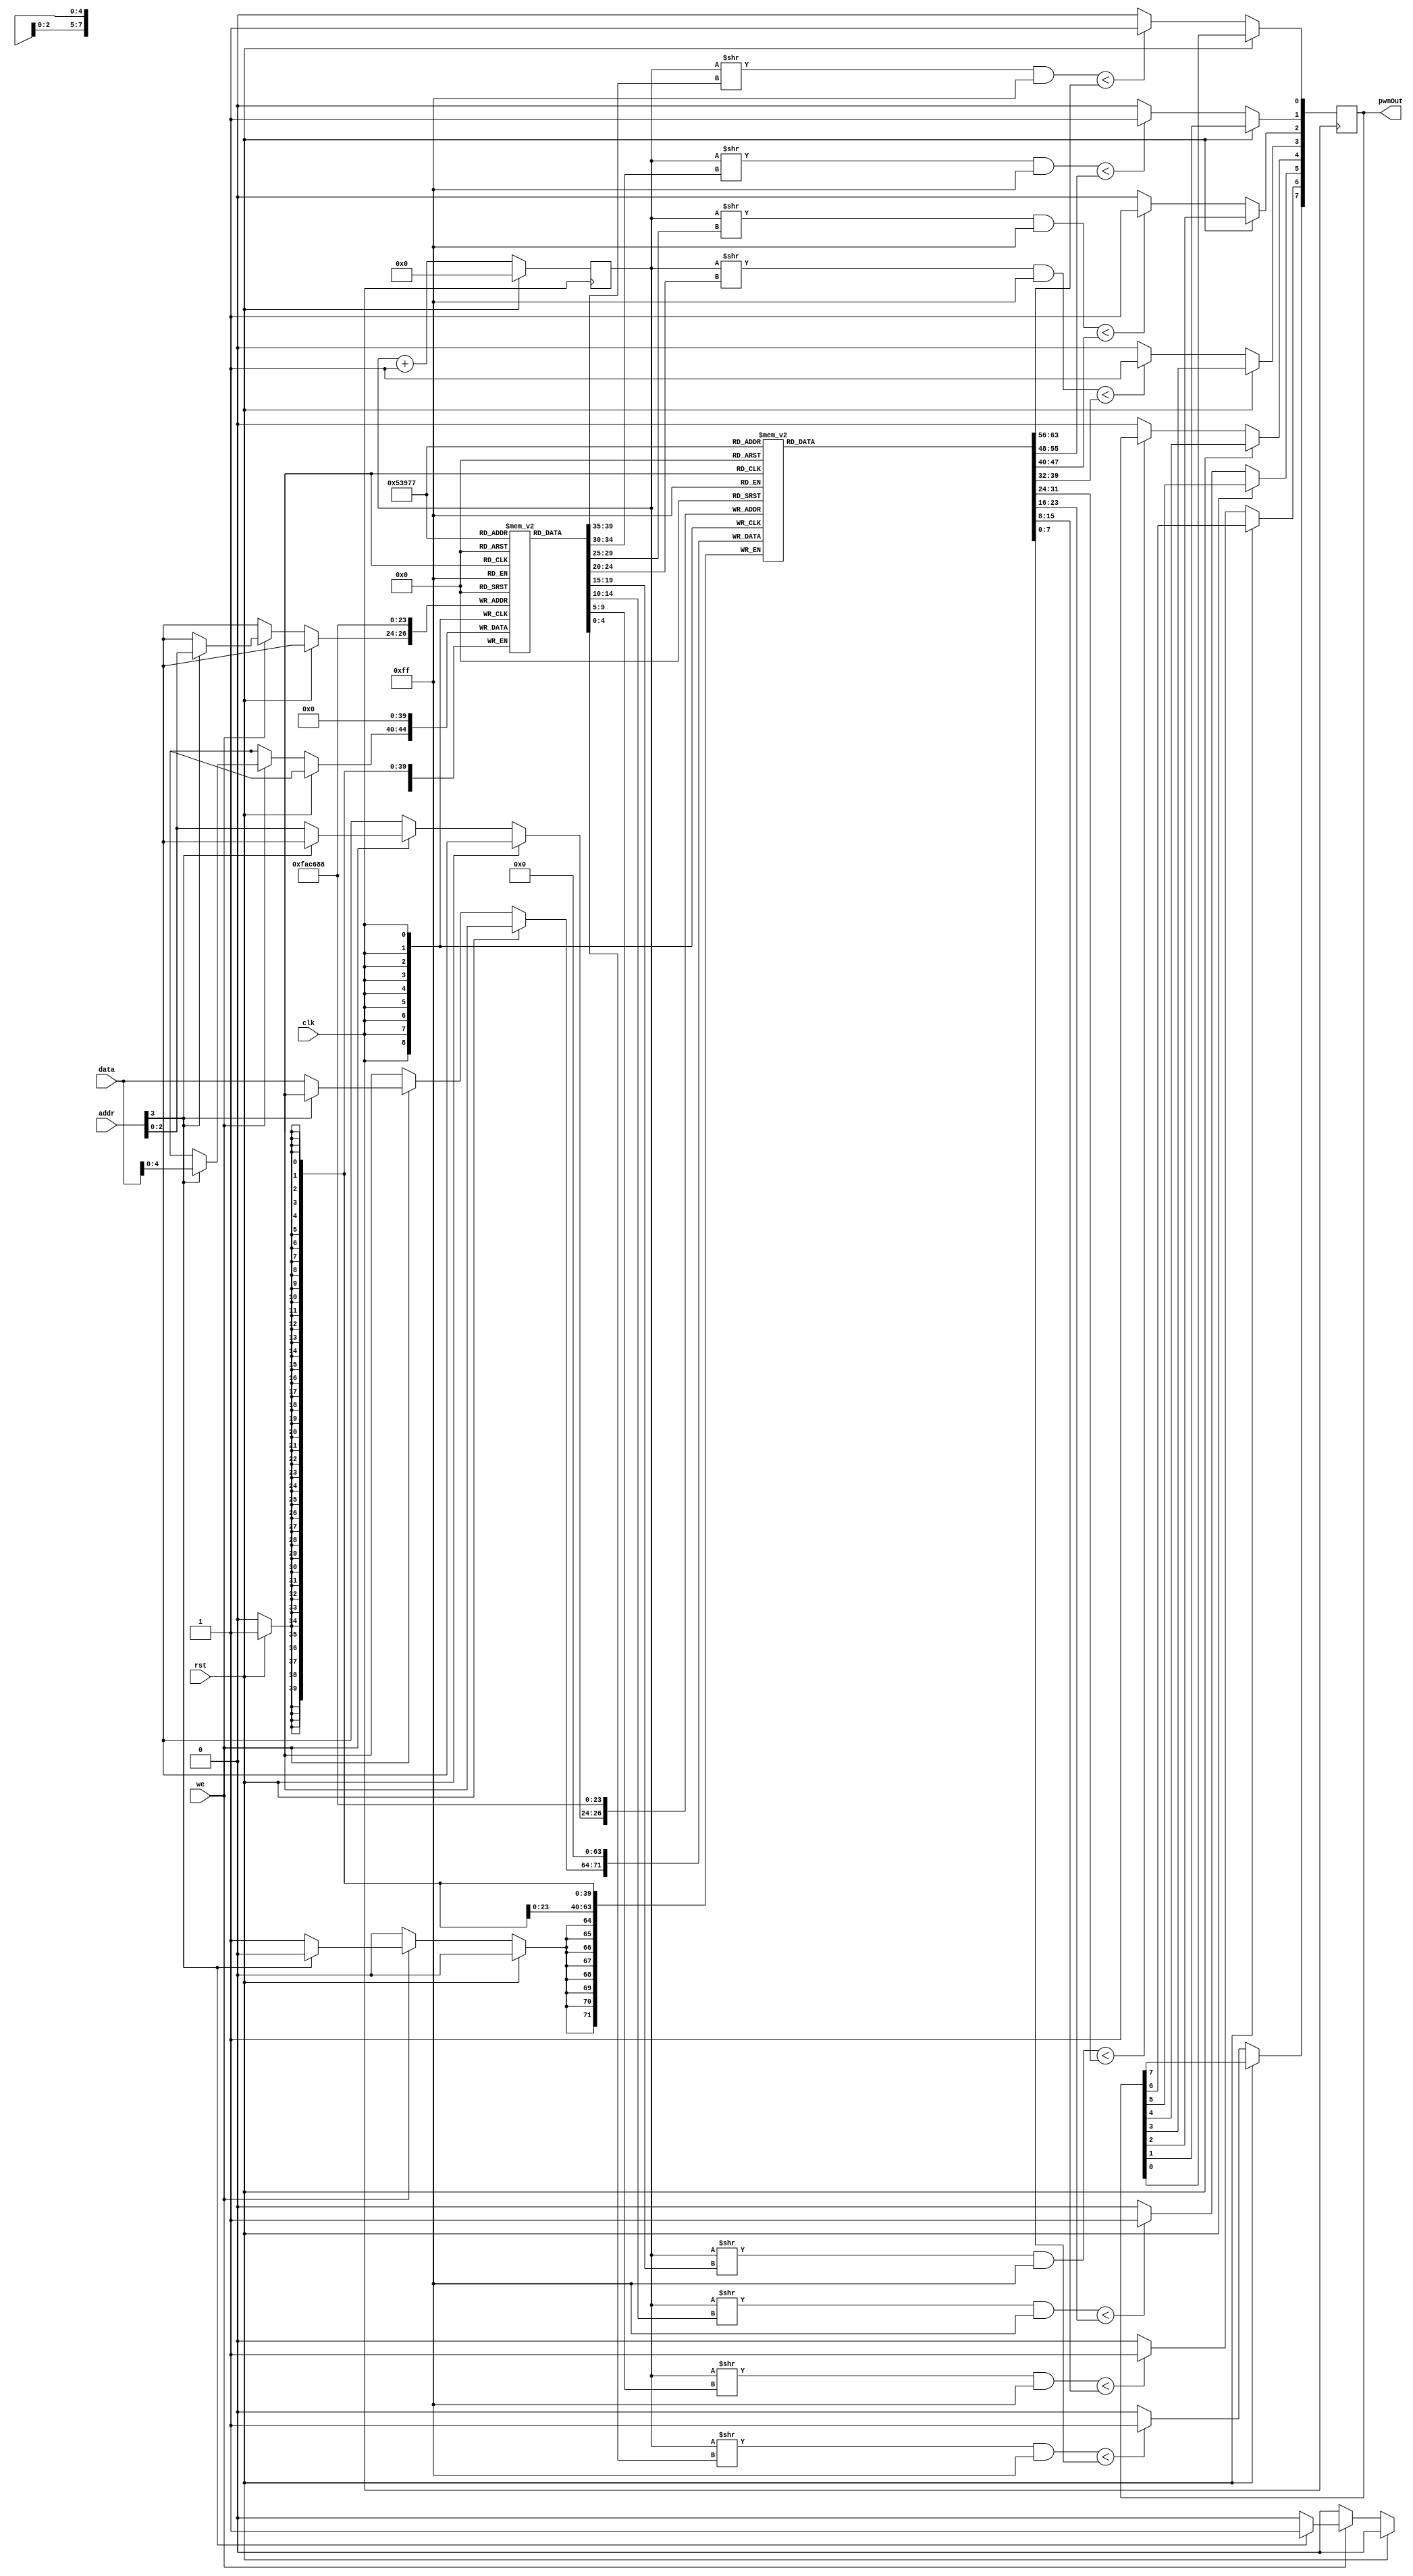
module pwm(
  input clk,
  input rst,
  output [7:0] pwmOut, // output pin of pwm
  input [3:0] addr, // address of pwm register
  input [7:0] data, // data to write to pwm register
  input we);

  reg [7:0] pwmThresh[0:7]; // sets threshold for high/low transition
  reg [4:0] pwmShift[0:7]; // sets the clock division rate
  reg [31:0] pwmCtr; // sets threshold for high/low transition

  reg [7:0] pwmOut;

  always @(posedge clk) begin
    if (rst) begin
      pwmCtr <= 8'b0;
      pwmThresh[0] <= 8'b0;
      pwmThresh[1] <= 8'b0;
      pwmThresh[2] <= 8'b0;
      pwmThresh[3] <= 8'b0;
      pwmThresh[4] <= 8'b0;
      pwmThresh[5] <= 8'b0;
      pwmThresh[6] <= 8'b0;
      pwmThresh[7] <= 8'b0;
      pwmShift[0] <= 5'b0;
      pwmShift[1] <= 5'b0;
      pwmShift[2] <= 5'b0;
      pwmShift[3] <= 5'b0;
      pwmShift[4] <= 5'b0;
      pwmShift[5] <= 5'b0;
      pwmShift[6] <= 5'b0;
      pwmShift[7] <= 5'b0;
    end else begin
      pwmCtr <= pwmCtr + 8'b1;
      if (we) begin
        if (addr[3]) pwmShift[addr[2:0]] <= data[4:0];
        else pwmThresh[addr[2:0]] <= data[7:0];
      end
      pwmOut[0] <= (((pwmCtr >> pwmShift[0])& 8'hff) < pwmThresh[0]) ? 1'b1 : 1'b0;
      pwmOut[1] <= (((pwmCtr >> pwmShift[1])& 8'hff) < pwmThresh[1]) ? 1'b1 : 1'b0;
      pwmOut[2] <= (((pwmCtr >> pwmShift[2])& 8'hff) < pwmThresh[2]) ? 1'b1 : 1'b0;
      pwmOut[3] <= (((pwmCtr >> pwmShift[3])& 8'hff) < pwmThresh[3]) ? 1'b1 : 1'b0;
      pwmOut[4] <= (((pwmCtr >> pwmShift[4])& 8'hff) < pwmThresh[4]) ? 1'b1 : 1'b0;
      pwmOut[5] <= (((pwmCtr >> pwmShift[5])& 8'hff) < pwmThresh[5]) ? 1'b1 : 1'b0;
      pwmOut[6] <= (((pwmCtr >> pwmShift[6])& 8'hff) < pwmThresh[6]) ? 1'b1 : 1'b0;
      pwmOut[7] <= (((pwmCtr >> pwmShift[7])& 8'hff) < pwmThresh[7]) ? 1'b1 : 1'b0;
    end
  end

endmodule